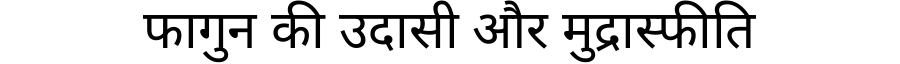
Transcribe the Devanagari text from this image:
फागुन की उदासी और मुद्रास्फीति